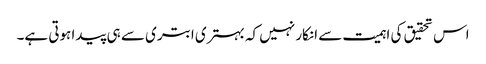
اس تحقیق کی اہمیت سے انکار نہیں کہ بہتری ابتری سے ہی پیدا ہوتی ہے۔